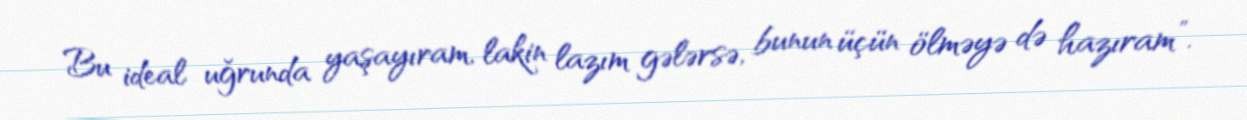
Bu ideal uğrunda yaşayıram, lakin lazım gələrsə, bunun üçün ölməyə də hazıram”.